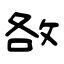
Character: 敋